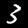
Label: 3